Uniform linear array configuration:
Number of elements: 32
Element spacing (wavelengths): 0.5
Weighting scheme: hann
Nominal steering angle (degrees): -45
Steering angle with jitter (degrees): -44.767
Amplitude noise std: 0.05
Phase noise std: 0.05

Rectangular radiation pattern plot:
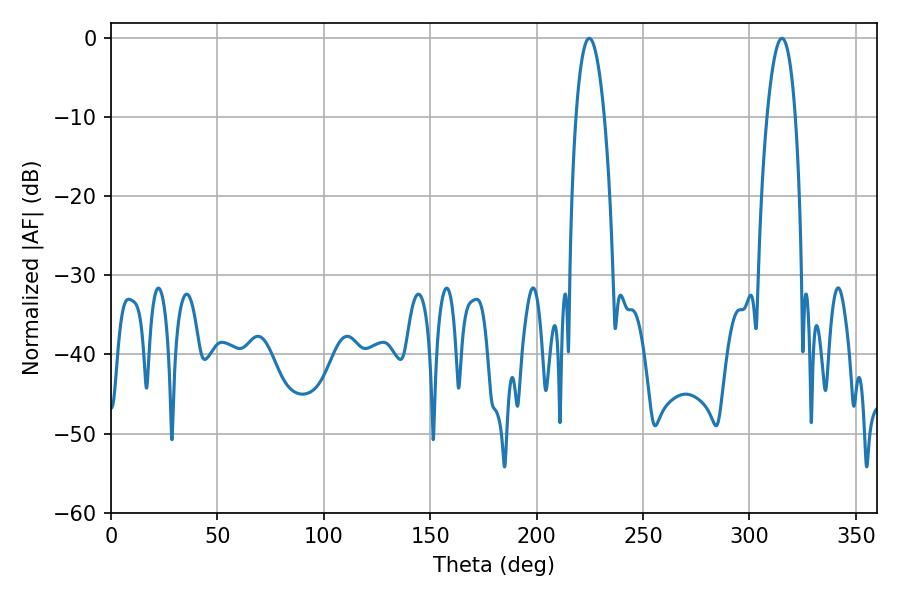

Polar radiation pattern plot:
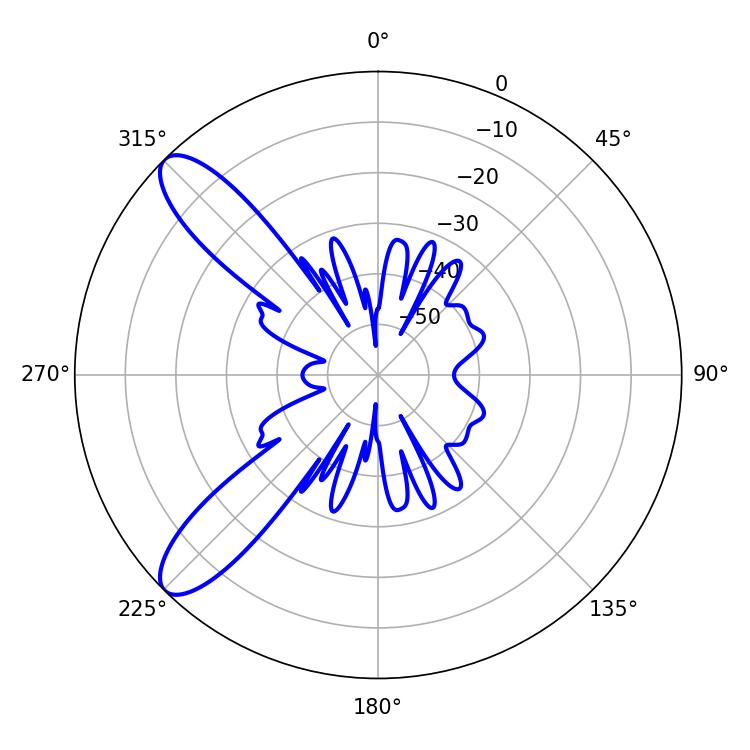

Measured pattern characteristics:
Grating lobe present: FALSE
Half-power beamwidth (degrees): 7.38
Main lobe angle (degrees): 315.18